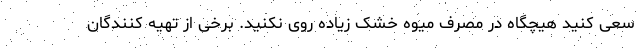
سعی کنید هیچگاه در مصرف میوه خشک زیاده روی نکنید. برخی از تهیه کنندگان